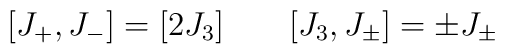
\bigl[J_{+},J_{-}\bigr] = \bigl[2J_{3}\bigr] \qquad\bigl[J_{3},J_{\pm}\bigr] = \pm J_{\pm}